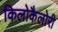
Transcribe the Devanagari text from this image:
किलोकैलोरी